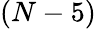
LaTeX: (N-5)